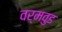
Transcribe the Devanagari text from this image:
वर्मवुड